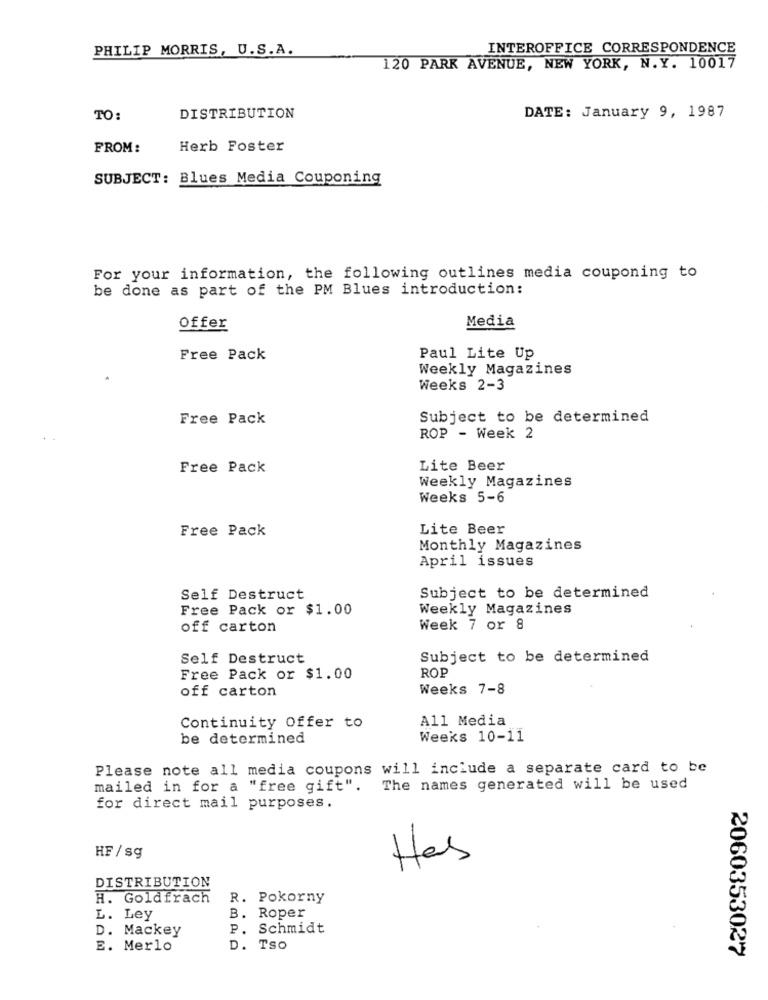
PHILIP MORRIS, U.S.A.
INTEROFFICE CORRESPONDENCE
120 PARK AVENUE, NEW YORK, N.Y. 10017
TO:
DISTRIBUTION
DATE: January 9, 1987
FROM:
Herb Foster
SUBJECT: Blues Media Couponing
For your information, the following outlines media couponing to
be done as part of the PM Blues introduction:
Offer
Media
Free Pack
Paul Lite Up
Weekly Magazines
Weeks 2-3
Free Pack
Subject to be determined
ROP - Week 2
Free Pack
Lite Beer
Weekly Magazines
Weeks 5-6
Free Pack
Lite Beer
Monthly Magazines
April issues
Subject to be determined
Self Destruct
Free Pack or $1.00
Weekly Magazines
off carton
Week 7 or 8
Self Destruct
Subject to be determined
ROP
Free Pack or $1.00
off carton
Weeks 7-8
All Media
Continuity Offer to
be determined
Weeks 10-11
Please note all media coupons will include a separate card to be
mailed in for a "free gift".
The names generated will be used
for direct mail purposes.
HF / sg
Has
DISTRIBUTION
H. Goldfrach
R. Pokorny
L. Ley
B. Roper
D. Mackey
P. Schmidt
E. Merlo
D. Tso
2060353027